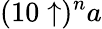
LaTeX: (10\uparrow)^{n}a